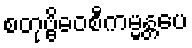
စတုဗ္ဗိဓဝစီကမ္မန္တပေ